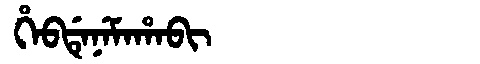
Manchu: ᡥᡝᠪᡩᡝᠨᡝᠮᠠᡥᠠᠪᡳ
Romanization: HEBDENEMAHABI